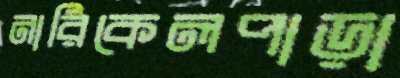
নারিকেলপাড়া